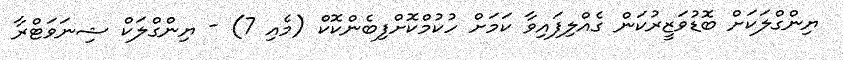
ޔިންގްލަކަށް ބޮޑުވަޒީރުކަން ގެއްލިފައިވާ ކަމަށް ހުކުމްކޮށްފިބެންކޮކް (މެއި 7) - ޔިންގްލަކް ޝިނަވަޓްރާ